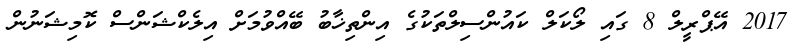
2017 އޭޕްރީލް 8 ގައި ލޯކަލް ކައުންސިލްތަކުގެ އިންތިޚާބު ބޭއްވުމަށް އިލެކްޝަންސް ކޮމިޝަނުން